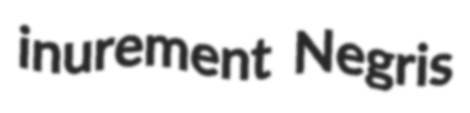
inurement Negris